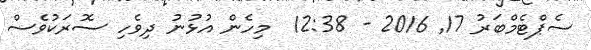
ސެޕްޓެމްބަރު 17